Vabadussoja_Ajaloo_Komitee, lk 3
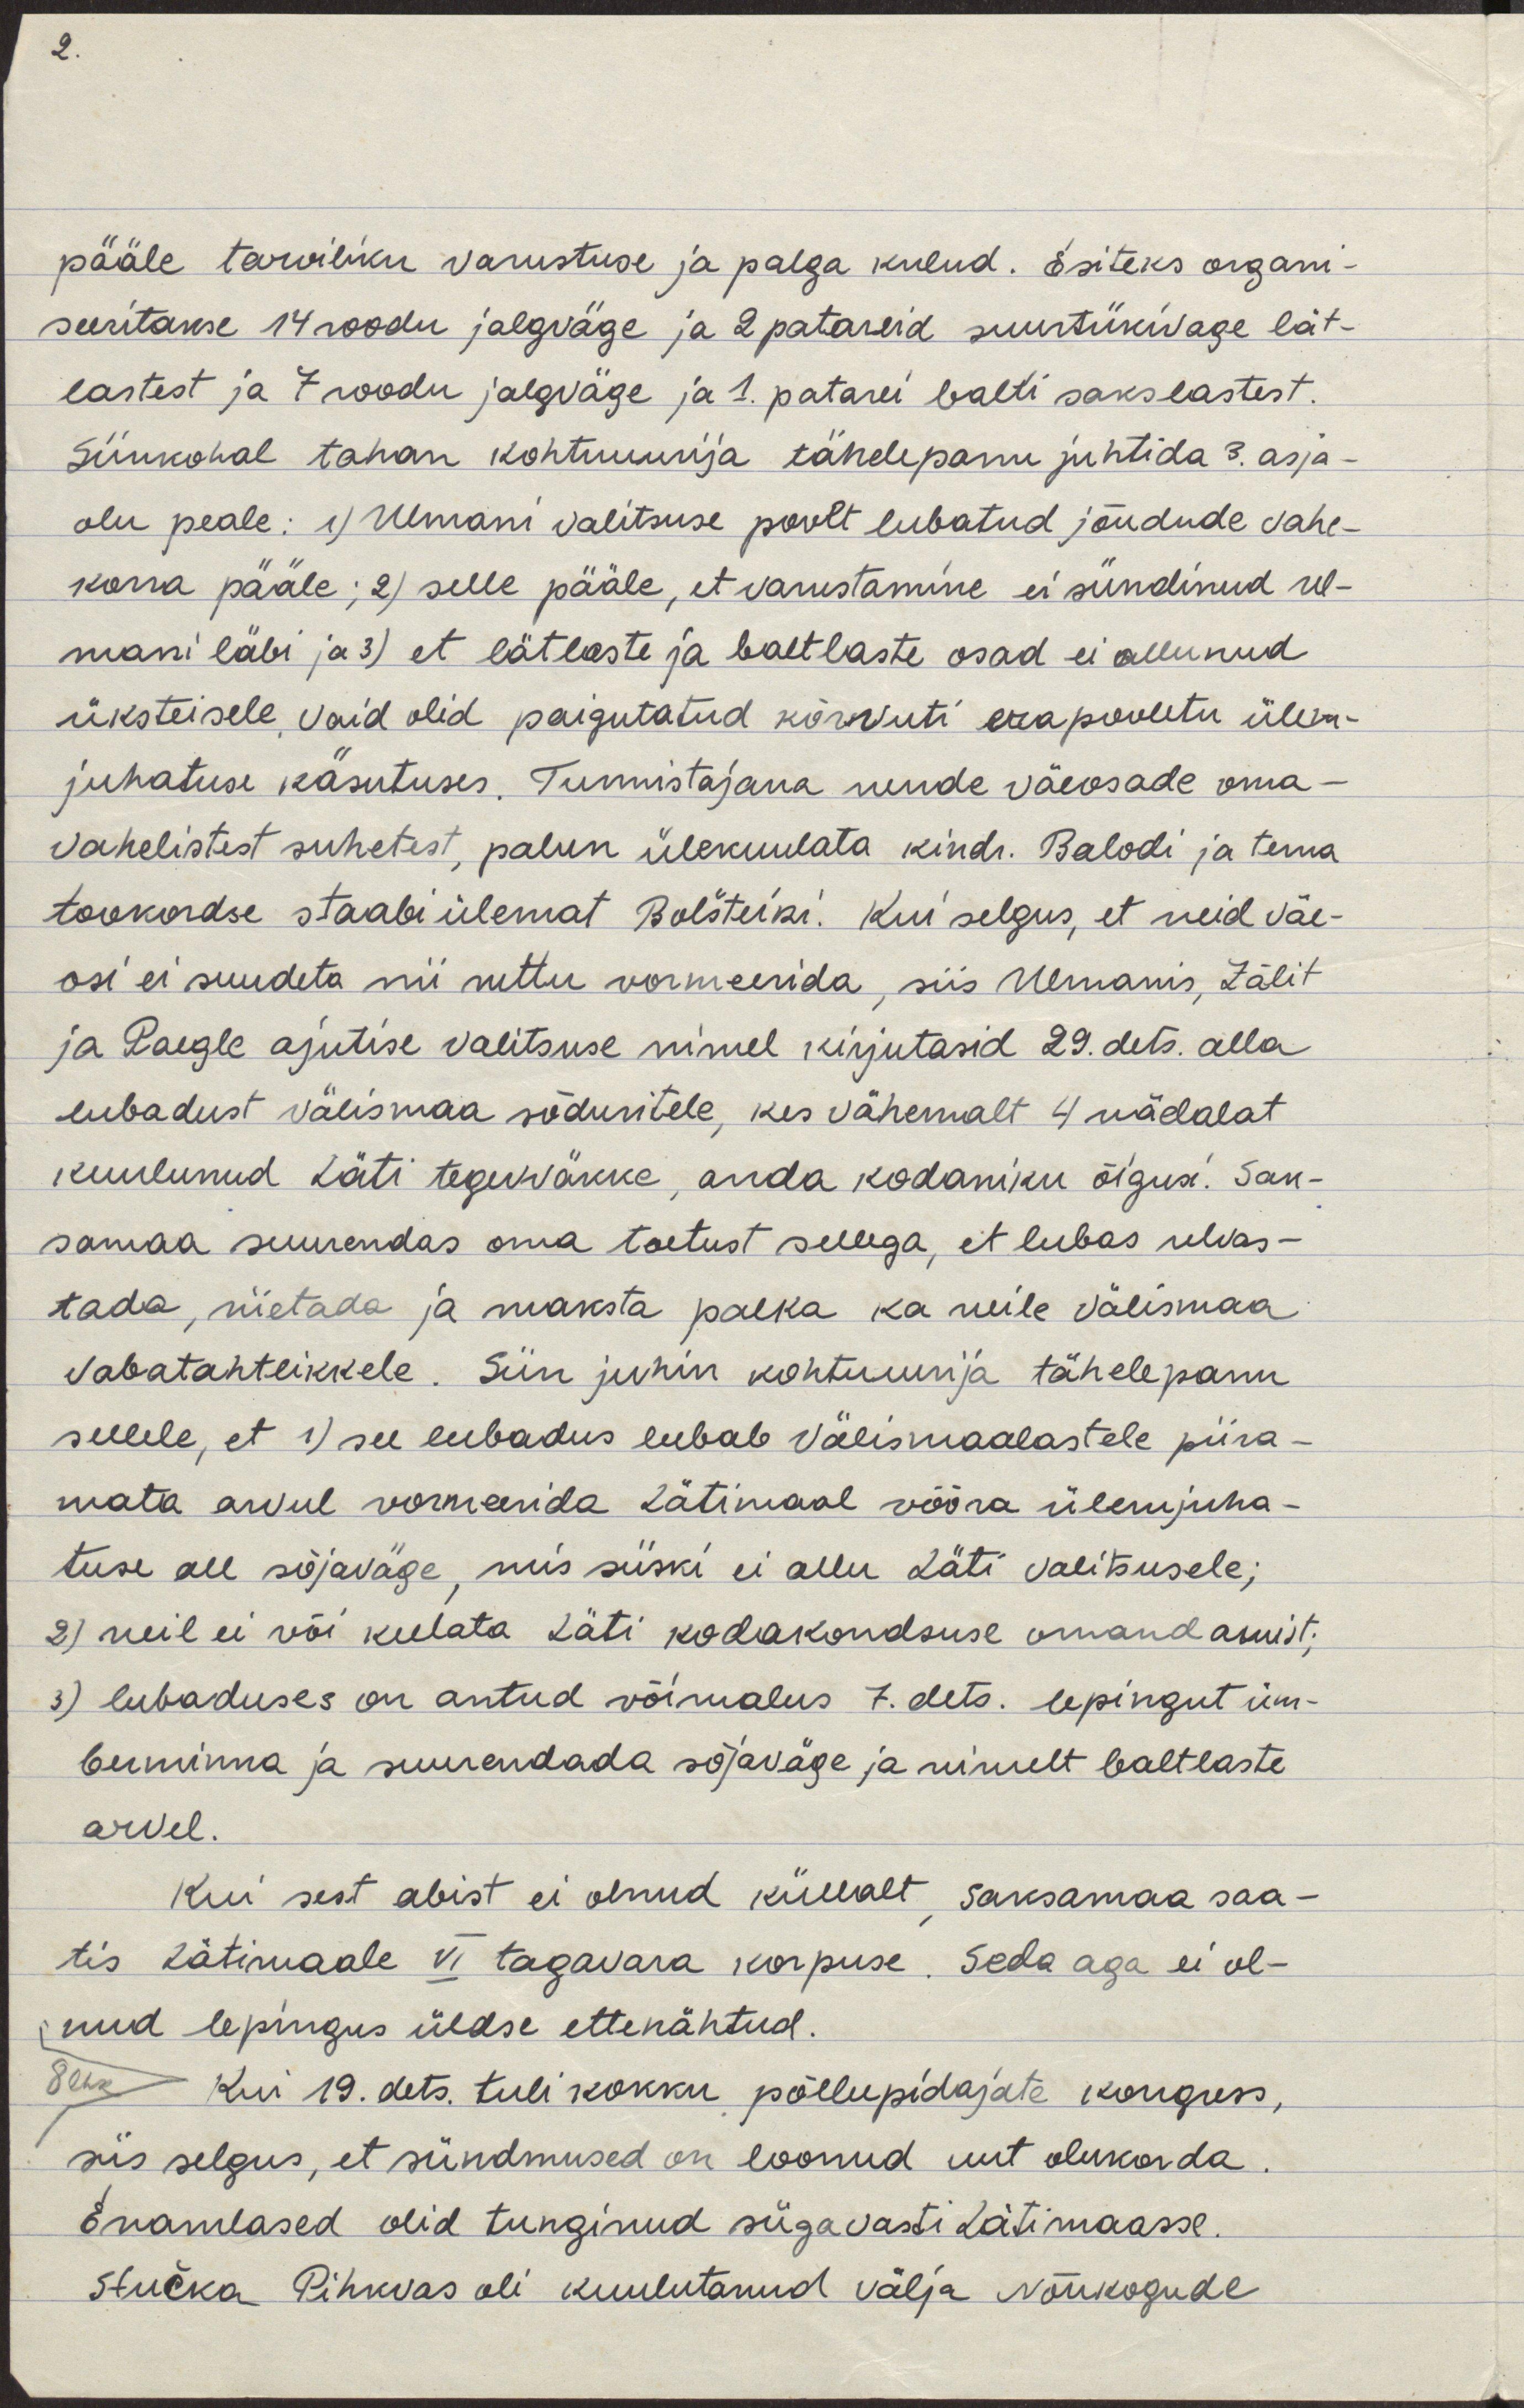
pääle tarviliku varustuse ja palga kulud. Esiteks organi-
seeritakse 14 roodu jalgväge ja 2 patareid suurtükivage lät-
lastest ja 7 roodu jalgväge ja 1. patarei balti sakslastest.
Siinkohal tahan kohtuurija tähelepanu juhtida 3. asja-
olu peale: 1) Ulmani valitsuse poolt lubatud jõudude vahe-
korra pääle; 2) selle pääle, et varustamine ei sündinud Ul-
mani läbi ja 3) et lätlaste ja baltlaste osad ei allunud
üksteisele. Vaid olid paigutatud kõrvuti erapooletu ülem-
juhatuse käsutuses. Tunnistajana nende väeosade oma-
vahelistest suhetest, palun ülekuulata kindr. Balodi ja tema
tookordse staabiülemat Bolšteiki. Kui selgus, et neid väe-
osi ei suudeta nii ruttu vormeerida, siis Ulmanis, Zālit 
ja Paegle ajutise valitsuse nimel kirjutasid 29. dets. alla
lubadust välismaa sõduritele, kes vähemalt 4 nädalat
kuulunud Läti tegevväkke, anda kodaniku õigusi. Sak-
samaa suurendas oma toetust sellega, et lubas relvas-
tada, riietada ja maksta palka ka neile välismaa
vabatahtlikkele. Siin juhin kohtuurija tähelepanu
sellele, et 1) see lubadus lubab välismaalastele piira-
mata arvul vormeerida Lätimaal võõra ülemjuha-
tuse all sõjaväge, mis siiski ei allu Läti Valitsusele;
2) neil ei või keelata Läti kodakondsuse omandamist;
3) lubaduses on antud võimalus 7. dets. lepingut üm-
berminna ja suurendada sõjaväge ja nimelt baltlaste
arvel.
Kui sest abist ei olnud küllalt, Saksamaa saa-
tis Lätimaale VI tagavara korpuse. Seda aga ei ol-
nud lepingus üldse ettenähtud.
Kui 19. dets. tuli kokku põllupidajate kongress,
siis selgus, et sündmused on loonud uut olukorda.
Enamlased olid tunginud sügavasti Lätimaasse.
Stučka Pihkvas oli kuulutanud välja Nõukogude